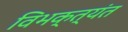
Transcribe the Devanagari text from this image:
विभक्त्यंत